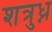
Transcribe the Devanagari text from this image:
शत्रुध्न